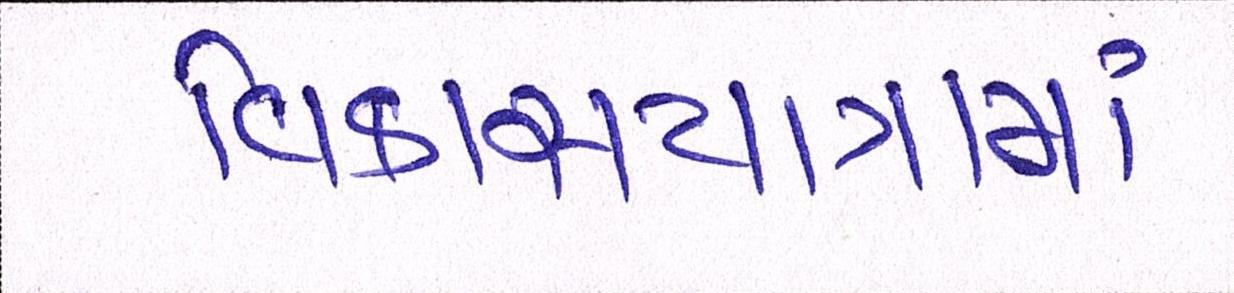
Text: વિકાસયાત્રામાં